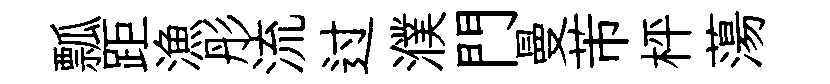
瓢距漁彤流过濮門曼芾枰蕩